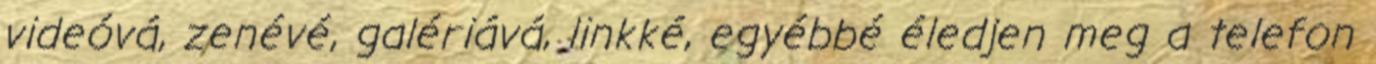
videóvá, zenévé, galériává, linkké, egyébbé éledjen meg a telefon